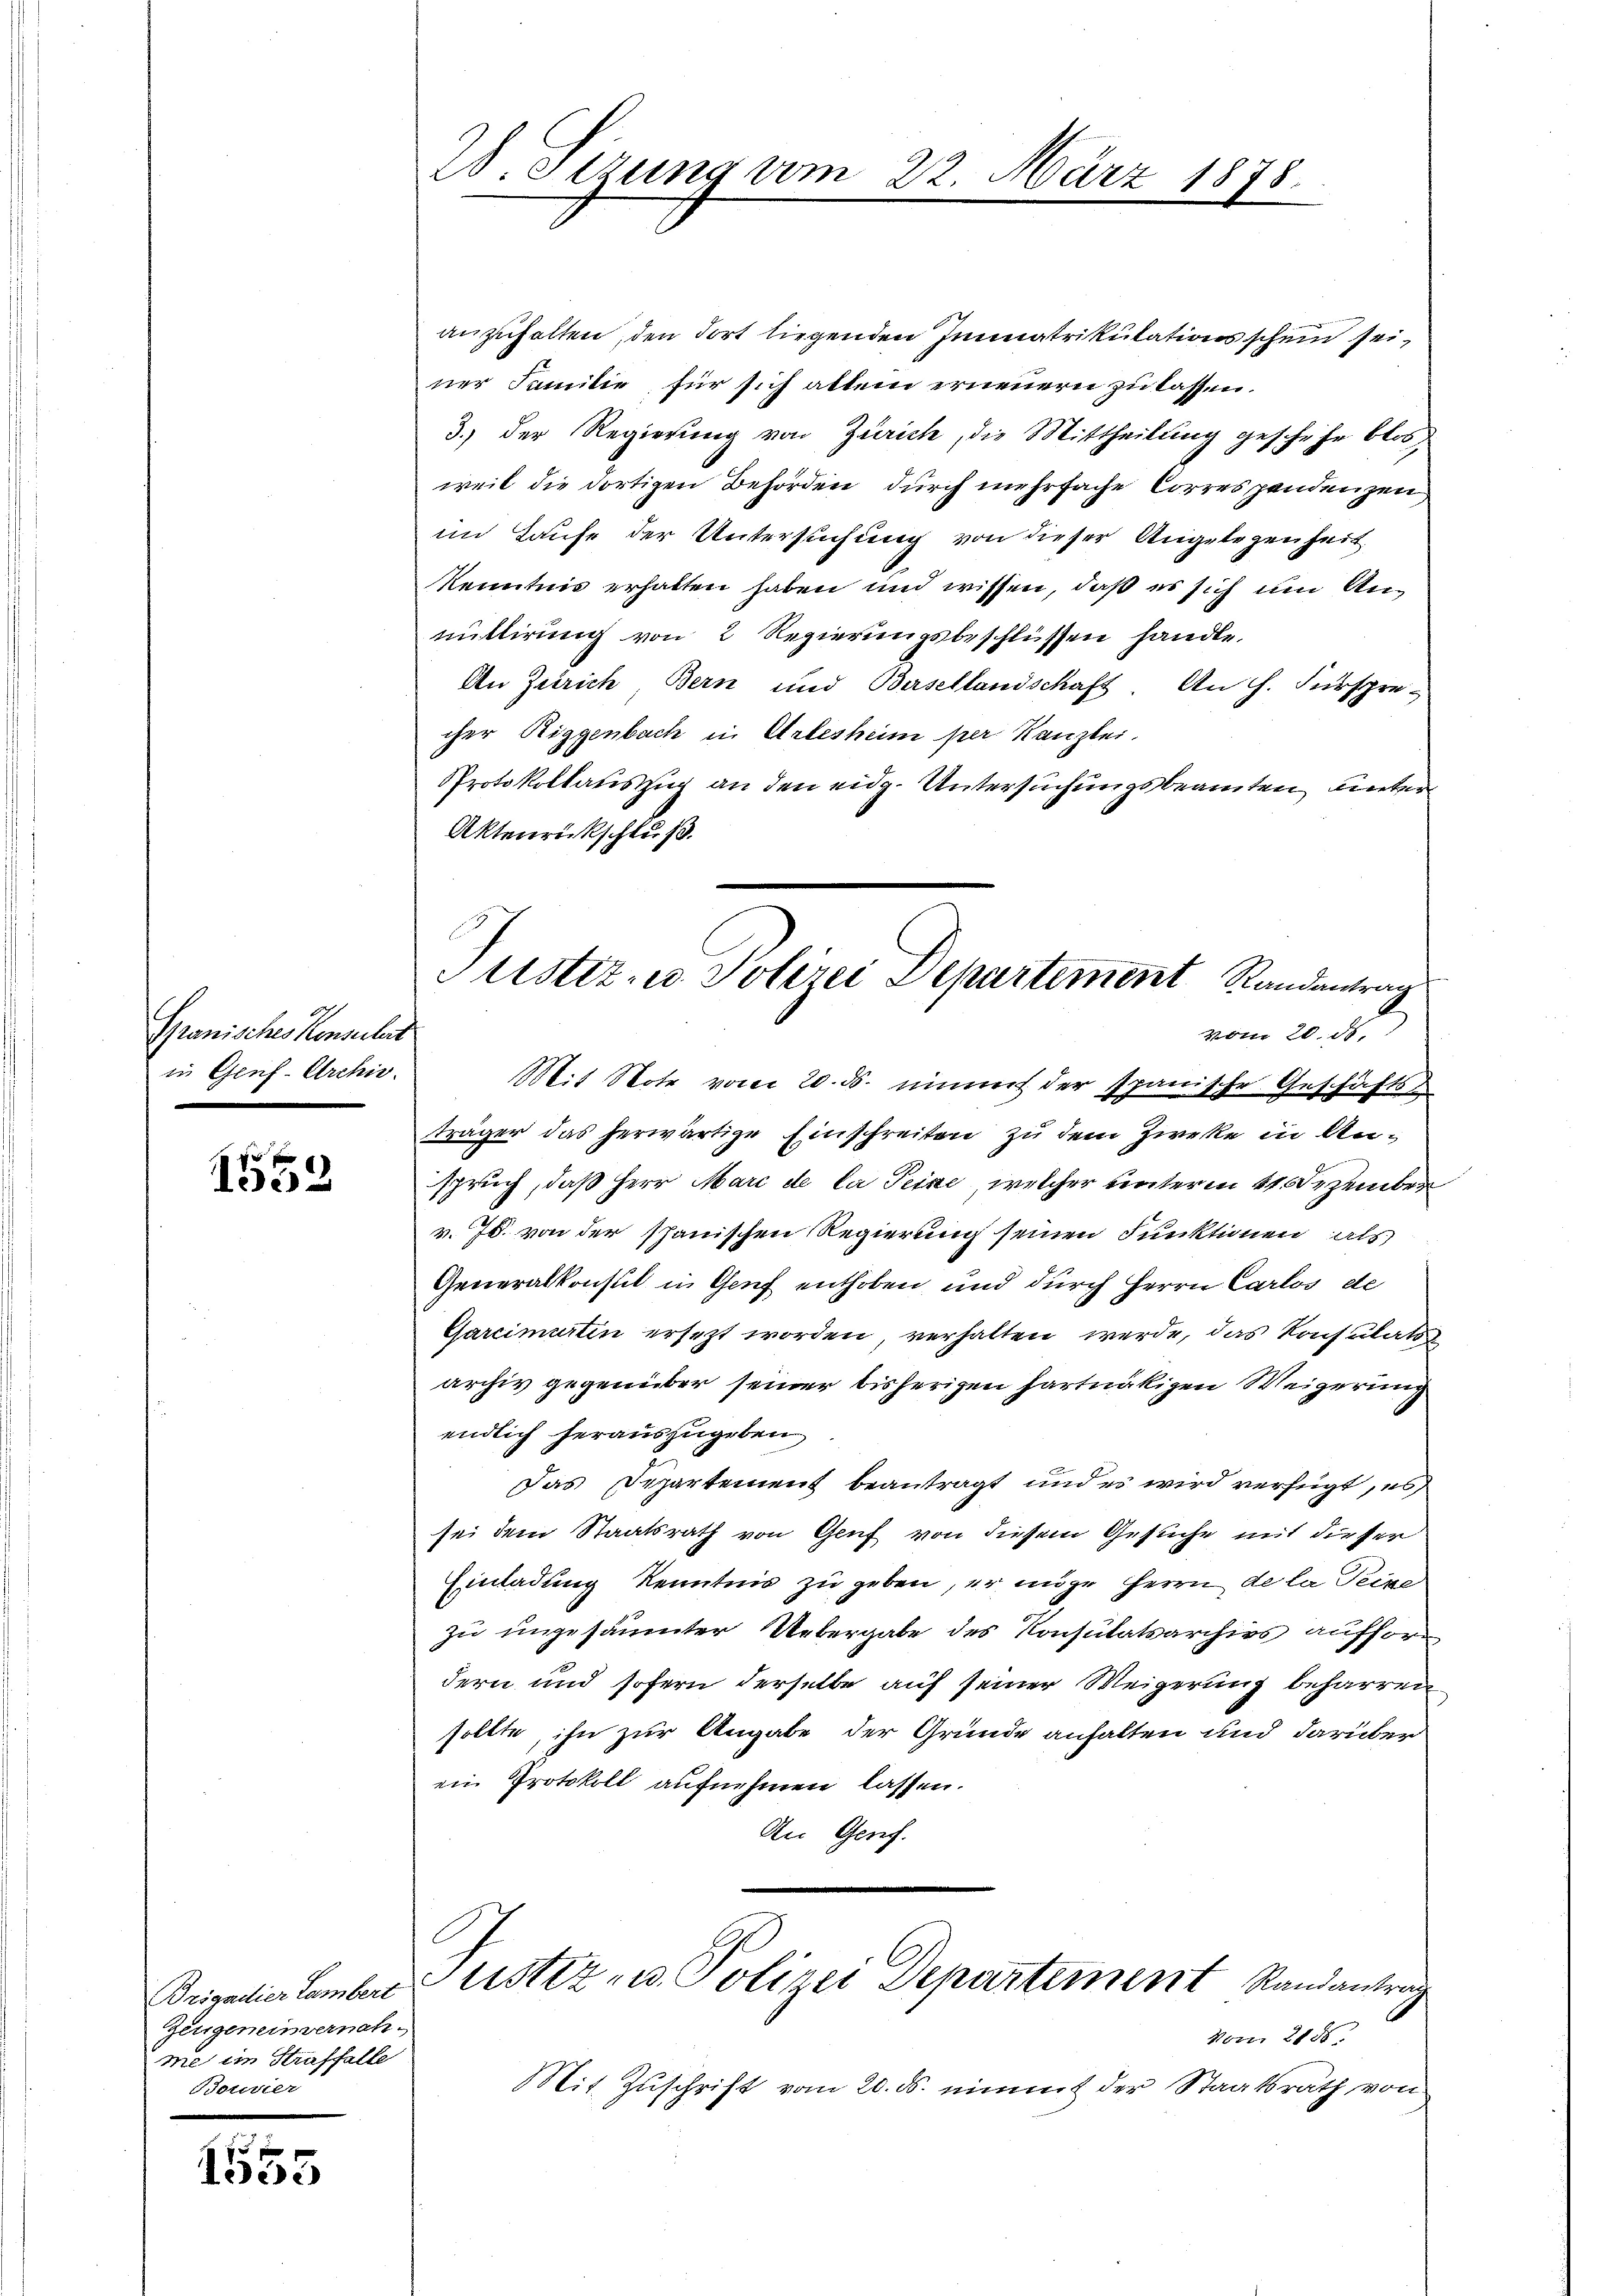
Granisches Konsulat
in Genf. Archiv.

152

Brigailier Lambert
Zeugeneinvernahme ein Straffalle
Botvier

1555

28. Sizung vom 22

anzuhalten, den dort liegenden Immatrikulationsschein sei,
ner Familie, für sich allein erneuern zu lassen.
3.) Der Regierung von Zürich, die Mittheilung geschehe blos
weil die dortigen Behörden, durch mehrfache Correspendenzen
im Laufe der Untersuchung von dieser Angelegenheit
Kenntnis erhalten haben und wissen, daß es sich um Anmittirung von 2 Regierungsbeschlüssen handle.
An Zürich, Bern und Basellandschaft. An H. Fürspre-
cher Riggenbach in Arbesheim per Kanzlei.
Protokollauszug an den eidg. Untersuchungsbeamten unten
Aktenrückschluß.

1878.

Justiz- u. Polizei Departement Randantrag
vom 20. d.

Justiz- u. Polizei Departement Randantrag

Mit Note vom 20. ds. immer der spanische Geschäfts-
träger das herwärtige Einschreiten zu dem Zweke in Anspruch, daß Herr Marc de la Peike, welcher unterm 21. Dezember
v. Js. von der spanischen Regierung seinen Funktionen als
Generalkonst in Genf enthoben und durch Herrn Carlos de
Garcimirten ersezt worden, verhalten werde, das Konsulate
archiv gegenüber seiner bisherigen hartnätigen Weigerung
endlich herauszugeben
Das Departement beantragt und es wird verfügt, es
sei dem Staatsrath von Genf von diesem Gesuche mit dieser
Einladung Kenntnis zu geben, er möge Herrn de la Peine
zu ungesäumter Uebergabe des Konsulatsarchivs aufhöre
dern und sofern derselbe auf seiner Weigerung beharren
sollte, ihn zur Angabe der Gründe anhalten und darüber
ein Protokoll aufnehmen lassen.
An Genf.

Von 2150.
Mit Zuschrift vom 20. ds. nimmt der Staatsrath von